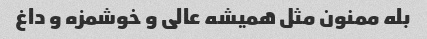
بله ممنون مثل همیشه عالی و خوشمزه و داغ